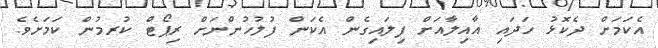
އެކަމަށް ދެކޮޅު ހަދައި އާއިލާއަށް ފިލައިގެން އެކަން ފުލުހުންނަށް ރިޕޯޓް ކުރމުން ކަމަށެވެ.